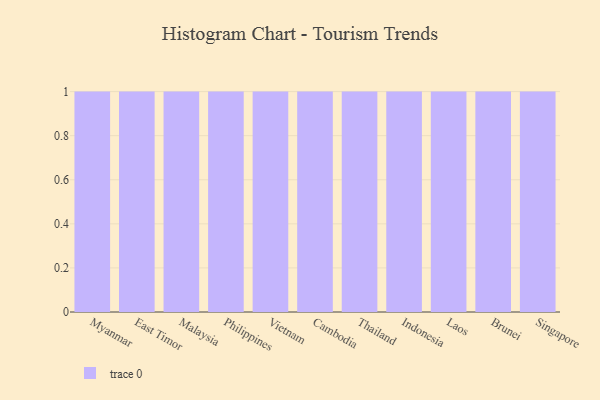
{"axis": {"x": "Country", "y": "Page Views"}, "legend": [""], "data": [{"x": "Myanmar", "y": 65, "type": ""}, {"x": "East Timor", "y": 51, "type": ""}, {"x": "Malaysia", "y": 91, "type": ""}, {"x": "Philippines", "y": 62, "type": ""}, {"x": "Vietnam", "y": 68, "type": ""}, {"x": "Cambodia", "y": 45, "type": ""}, {"x": "Thailand", "y": 96, "type": ""}, {"x": "Indonesia", "y": 13, "type": ""}, {"x": "Laos", "y": 82, "type": ""}, {"x": "Brunei", "y": 84, "type": ""}, {"x": "Singapore", "y": 82, "type": ""}]}